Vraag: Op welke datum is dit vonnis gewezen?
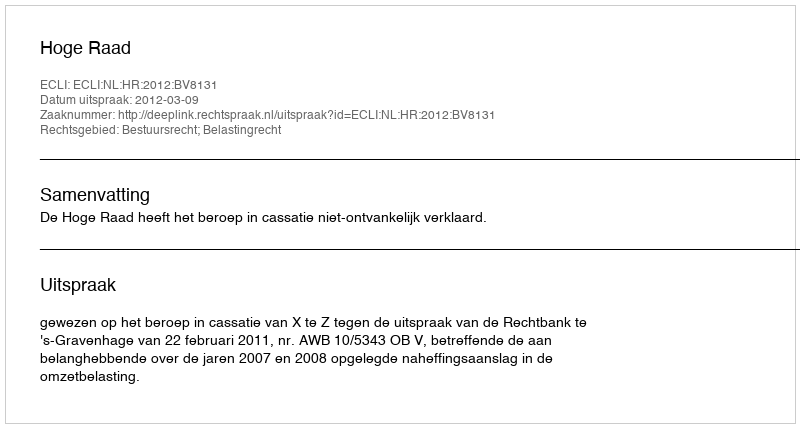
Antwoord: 2012-03-09